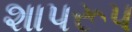
શાપરૂપ